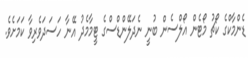
ޑެންމާކްގެ ކޯޗު މޯޓެން އޯލްސެން ބުނީ ނެދަލޭންޑްސްގެ ޓީމާމެދު އޭނާ ހަސަދަވެރިވާ ކަމަށެވެ.